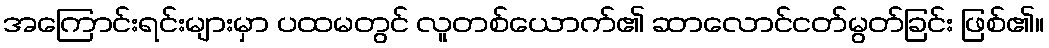
အကြောင်းရင်းများမှာ ပထမတွင် လူတစ်ယောက်၏ ဆာလောင်ငတ်မွတ်ခြင်း ဖြစ်၏။